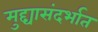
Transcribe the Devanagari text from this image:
मुद्द्यासंदर्भात